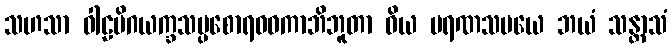
သဟသာ ဝါဠမိဂယက္ခသပ္ပစောရဝဓကာဘိဘူတာ ဝိယ မရဏသမယေ ဘယံ သန္တာသံ